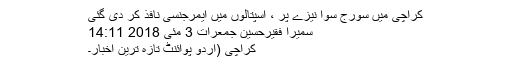
کراچی میں سورج سوا نیزے پر ، اسپتالوں میں ایمرجنسی نافذ کر دی گئی
سمیرا فقیرحسین جمعرات 3 مئی 2018 14:11
کراچی (اُردو پوائنٹ تازہ ترین اخبار۔